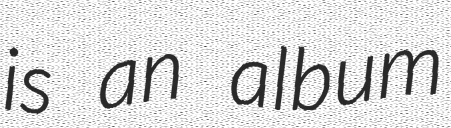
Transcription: is an album